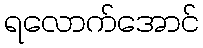
ရလောက်အောင်